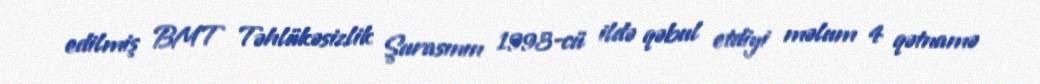
edilmiş BMT Təhlükəsizlik Şurasının 1993-cü ildə qəbul etdiyi məlum 4 qətnamə